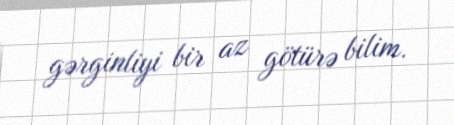
gərginliyi bir az götürə bilim.